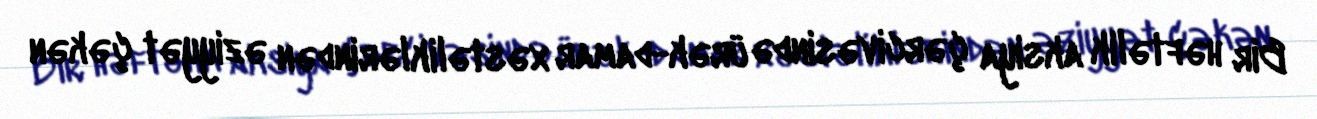
Bir həftəlik aksiya çərcivəsində ürək-damar xəstəliklərindən əziyyət çəkən